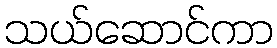
သယ်ဆောင်ကာ